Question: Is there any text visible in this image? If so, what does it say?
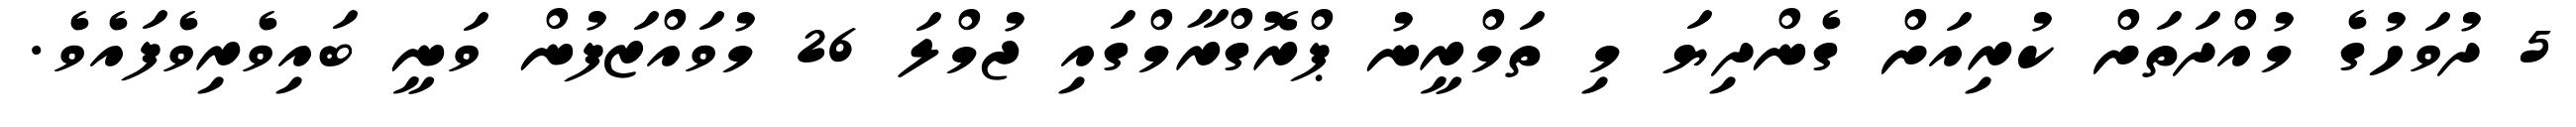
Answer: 5 ދުވަހުގެ މުއްދަތަށް ކުރިއަށް ގެންދިޔަ މި ތަމްރީނު ޕްރޮގްރާމްގައި ޖުމްލަ 26 މުވައްޒަފުން ވަނީ ބައިވެރިވެފައެވެ.